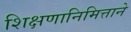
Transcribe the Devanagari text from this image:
शिक्षणानिमित्ताने